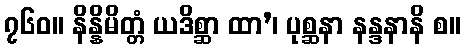
၇၆၀။ နိန္နိမိတ္တံ ယဒိစ္ဆာ ထာ’၊ ပုစ္ဆနာ နန္ဒနာနိ စ။